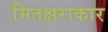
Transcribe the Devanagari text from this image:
मितक्षराकार